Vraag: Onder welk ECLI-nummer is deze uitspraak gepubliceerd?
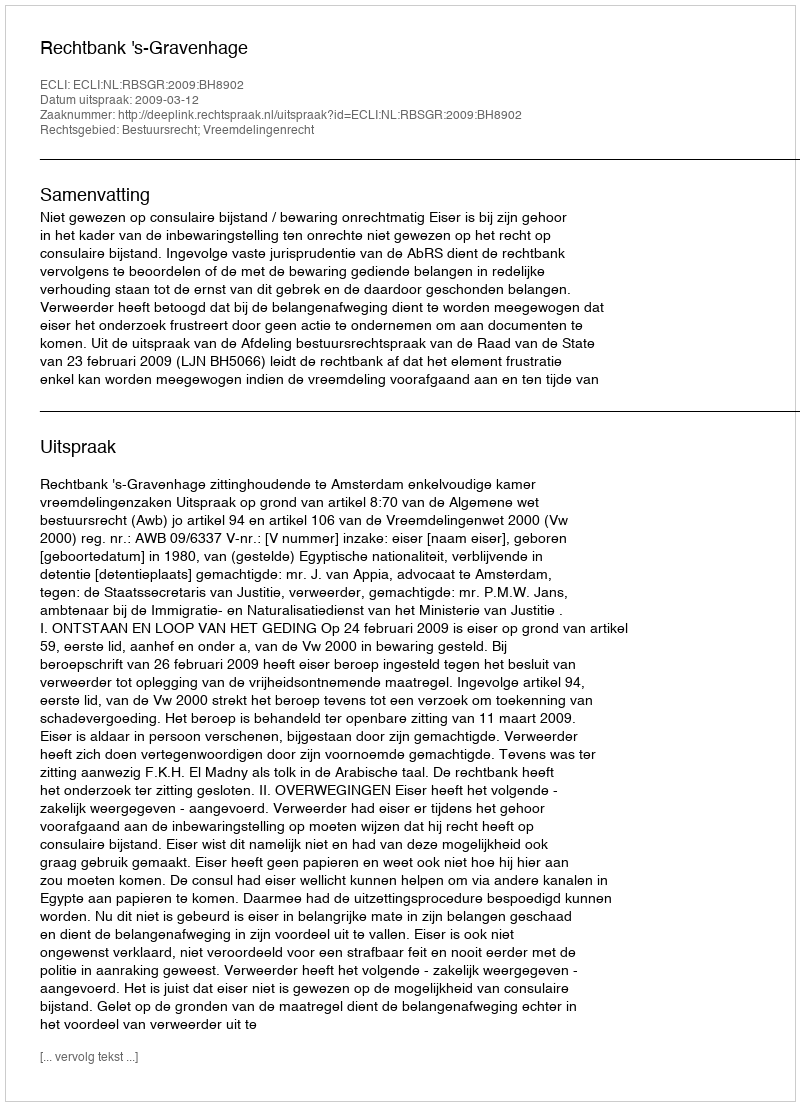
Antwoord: ECLI:NL:RBSGR:2009:BH8902